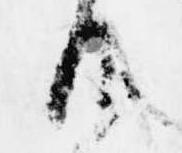
御